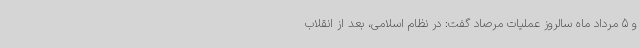
و 5 مرداد ماه سالروز عملیات مرصاد گفت: در نظام اسلامی، بعد از انقلاب